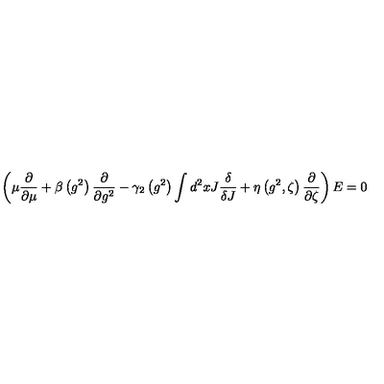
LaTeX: \left( \mu \frac { \partial } { \partial \mu } + \beta \left( g ^ { 2 } \right) \frac { \partial } { \partial g ^ { 2 } } - \gamma _ { 2 } \left( g ^ { 2 } \right) \int d ^ { 2 } x J \frac { \delta } { \delta J } + \eta \left( g ^ { 2 } , \zeta \right) \frac { \partial } { \partial \zeta } \right) E = 0